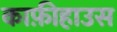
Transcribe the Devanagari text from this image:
काफ़ीहाउस